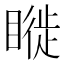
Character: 𥊂